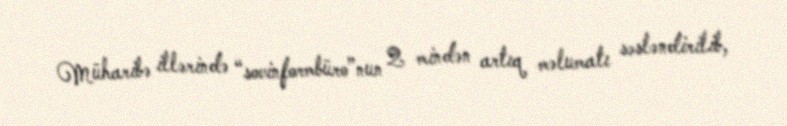
Müharibə illərində “sovinformbüro”nun 2 mindən artıq məlumatı səsləndirilib,